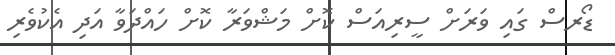
ޑޯރސް ގައި ވަރަށް ސީރިއަސް ކޮށް މަޝްވަރާ ކޮށް ހައްދަވާ އަދި އެކުވެރި